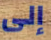
إلى